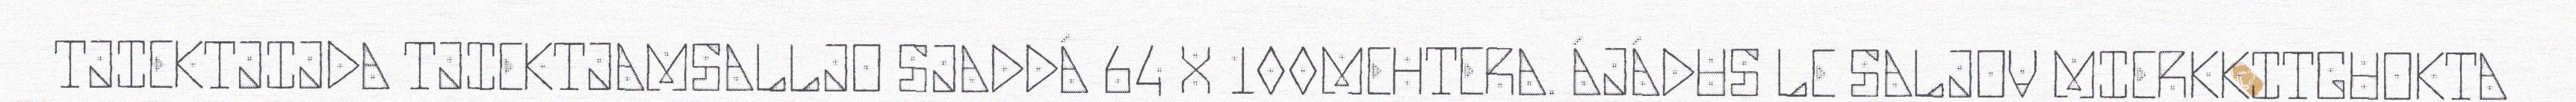
TJIEKTJIJDA TJIEKTJAMSALLJO SJADDÁ 64 X 100MEHTERA. ÁJÁDUS LE SALJOV MIERKKITGUOKTA